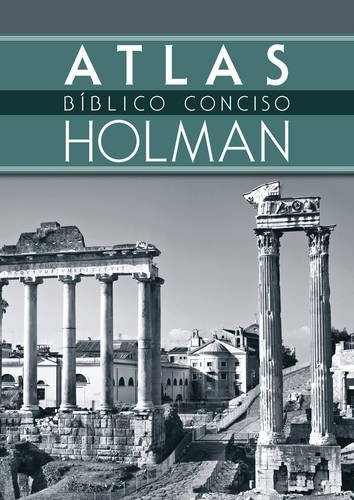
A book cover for Atlas BÃ­blico Conciso Holman (Spanish Edition); B&H EspaÃ±ol Editorial Staff; Christian Books & Bibles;